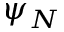
\psi _ { N }